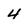
Character: 4